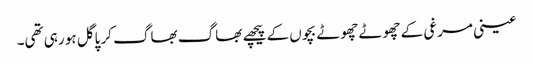
عینی مرغی کے چھوٹے چھوٹے بچوں کے پیچھے بھاگ بھاگ کر پاگل ہو رہی تھی۔